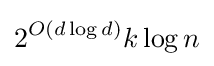
2^{O(d\log d)}k\log n